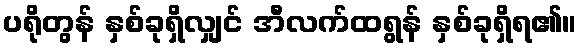
ပရိုတွန် နှစ်ခုရှိလျှင် အီလက်ထရွန် နှစ်ခုရှိရ၏။